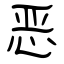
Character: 恶